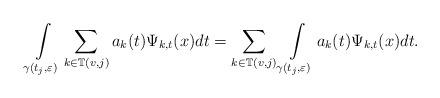
LaTeX: \begin{align*}\int\limits_{\gamma(t_{j},\varepsilon)}\sum_{k\in\mathbb{T}(v,j)}a_{k}(t)\Psi_{k,t}(x)dt=\sum_{k\in\mathbb{T}(v,j)}\int\limits_{\gamma(t_{j},\varepsilon)}a_{k}(t)\Psi_{k,t}(x)dt.\end{align*}